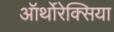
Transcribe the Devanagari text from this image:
ऑर्थोरेक्सिया